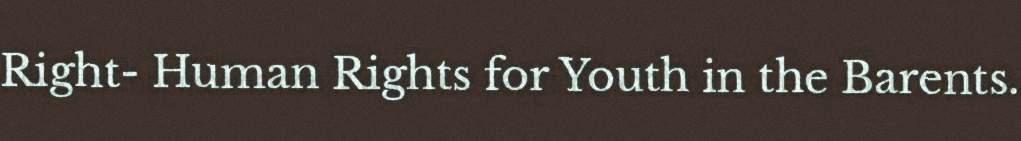
Right- Human Rights for Youth in the Barents.